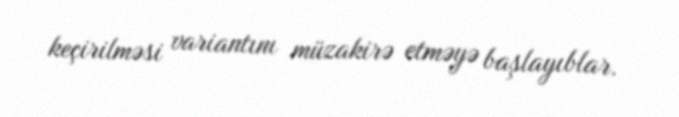
keçirilməsi variantını müzakirə etməyə başlayıblar.